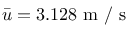
\bar { u } = 3 . 1 2 8 \textrm { m / s }